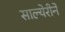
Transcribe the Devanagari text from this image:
साल्येरीने